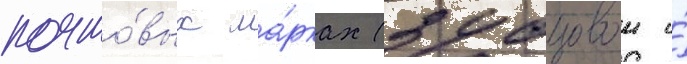
почто́вых ма́рках (зубцовои и́